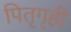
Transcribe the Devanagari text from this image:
पितृगृही